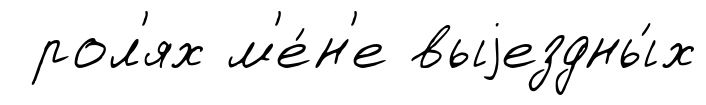
рол'ях м'е́н'е выjездны́х